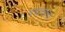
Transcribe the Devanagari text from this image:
दबावांना